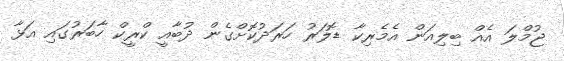
ޖުމްލަ އެއް ބިލިއަން އެމެރިކާ ޑޮލަރު ހަރަދުކޮށްގެން ދުބާއީ ކްރީކް ހާބަރުގައި އަޅާ